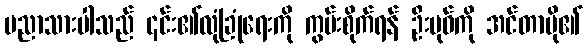
ပညာသားပါသည် ၎င်း၏လုံခြုံရေးကို ကွမ်းစိုက်ရန် ဦးဗုဓ်ကို အင်တာပို၏